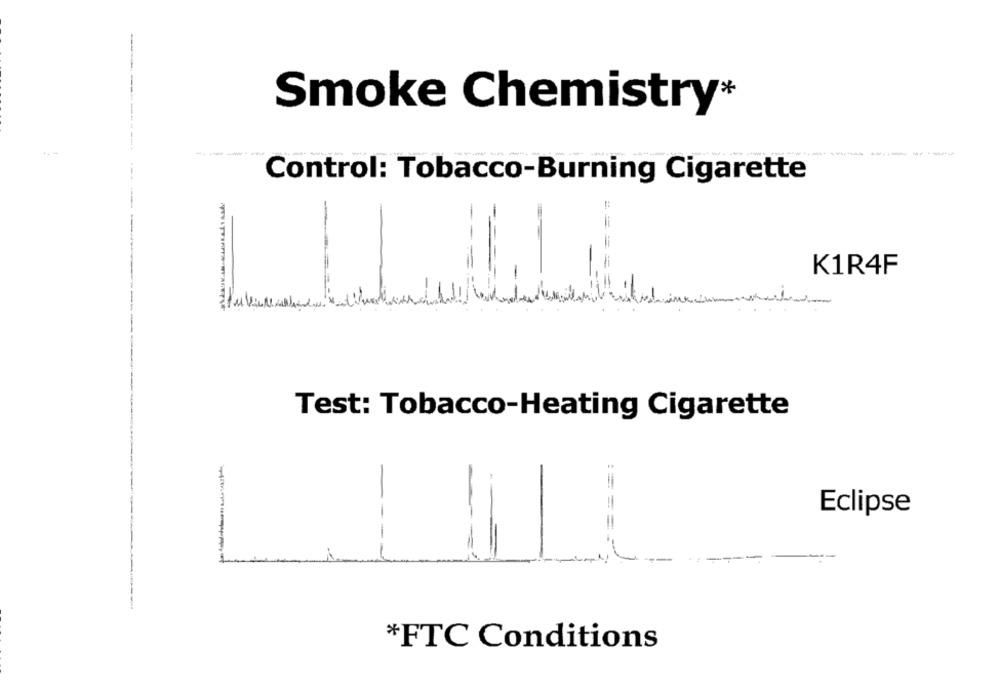
--
Smoke Chemistry*
----
Control: Tobacco-Burning Cigarette
=
K1R4F
Test: Tobacco-Heating Cigarette
Eclipse
*FTC Conditions